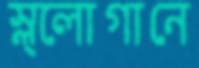
স্ল্লোগানে